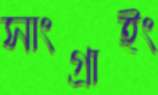
সাংগ্রাইং